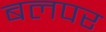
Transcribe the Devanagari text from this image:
बलपर